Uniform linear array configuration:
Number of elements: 24
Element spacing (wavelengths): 0.5
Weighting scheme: cosine
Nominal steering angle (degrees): -30
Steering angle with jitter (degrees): -29.206
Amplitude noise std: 0.05
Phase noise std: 0.05

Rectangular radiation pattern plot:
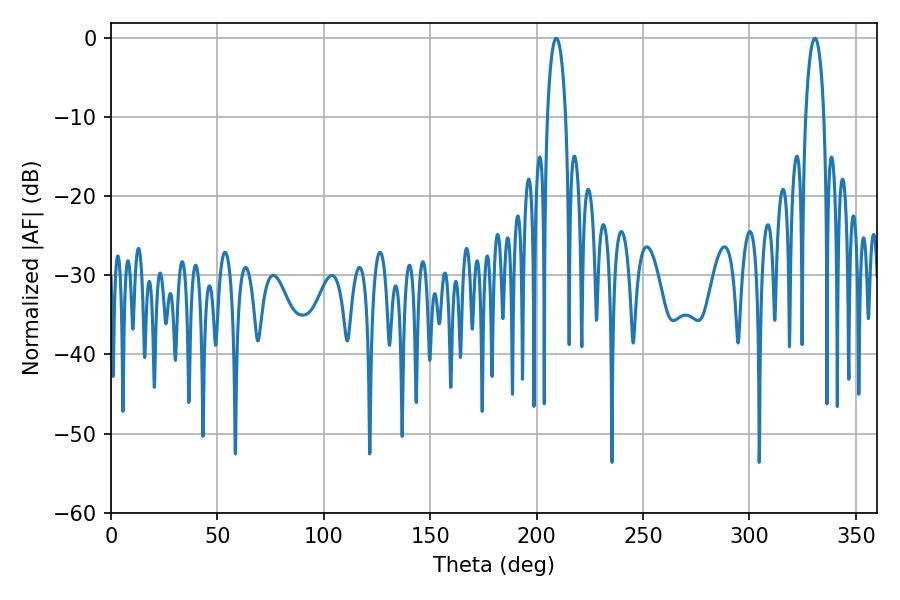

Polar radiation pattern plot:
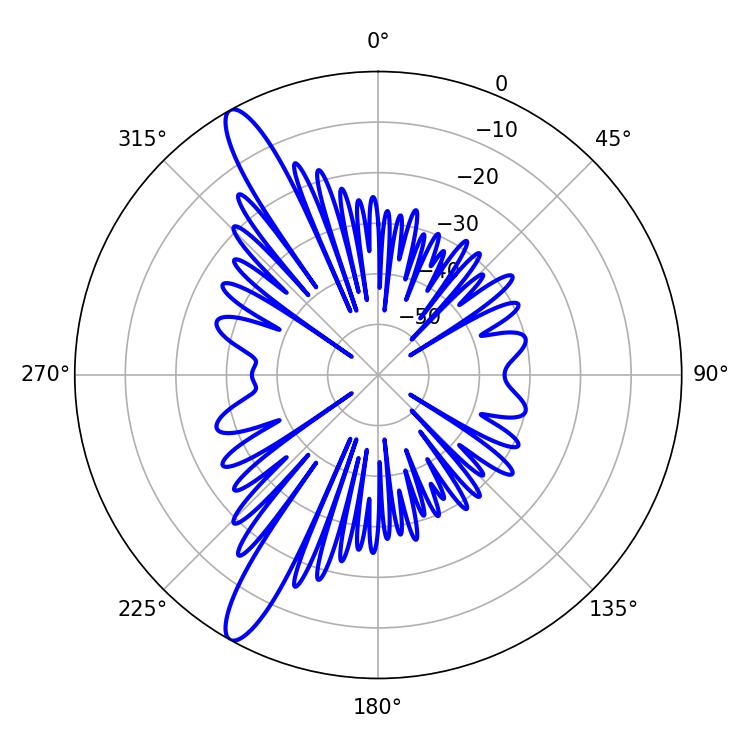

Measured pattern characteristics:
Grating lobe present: FALSE
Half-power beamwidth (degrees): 4.86
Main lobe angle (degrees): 209.16